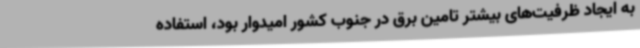
به ایجاد ظرفیت‌های بیشتر تامین برق در جنوب کشور امیدوار بود، استفاده